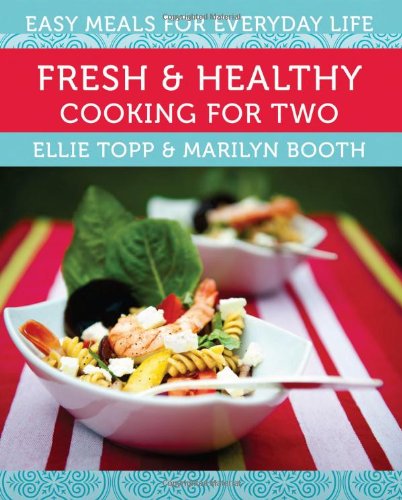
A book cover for Fresh & Healthy Cooking for Two: Easy Meals for Everyday Life; Ellie Topp; Cookbooks, Food & Wine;